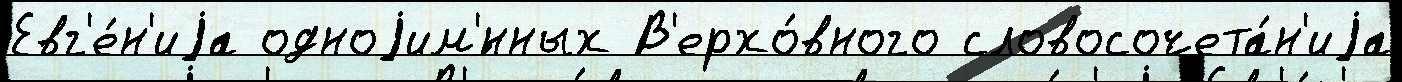
Евг'е́н'иjа одноjим'́нных В'ерхо́вного словосочета́н'иjа